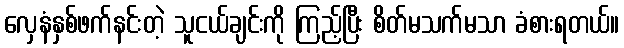
လှေနံနှစ်ဖက်နင်းတဲ့ သူငယ်ချင်းကို ကြည့်ပြီး စိတ်မသက်မသာ ခံစားရတယ်။